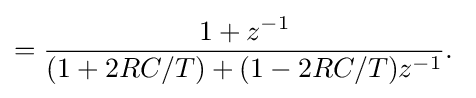
={\frac {1+z^{-1}}{(1+2RC/T)+(1-2RC/T)z^{-1}}}.\